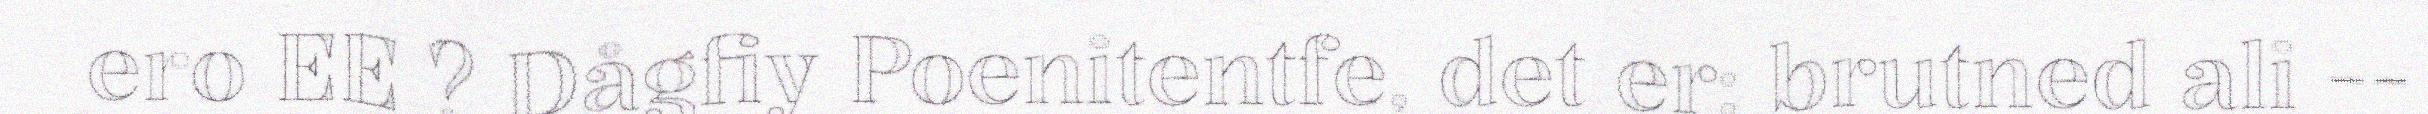
ero EE ? Dågfiy Poenitentfe, det er: brutned ali --